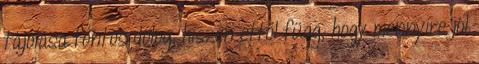
tájolása fontos dolog, hiszen ettől függ, hogy mennyire jól